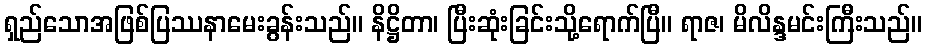
ရှည်သောအဖြစ်ပြဿနာမေးခွန်းသည်။ နိဋ္ဌိတာ၊ ပြီးဆုံးခြင်းသို့ရောက်ပြီ။ ရာဇ၊ မိလိန္ဒမင်းကြီးသည်။